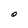
Character: O